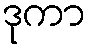
ဒုကာ